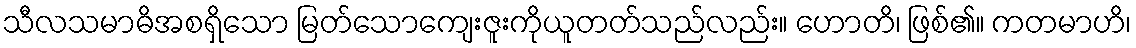
သီလသမာဓိအစရှိသော မြတ်သောကျေးဇူးကိုယူတတ်သည်လည်း။ ဟောတိ၊ ဖြစ်၏။ ကတမာဟိ၊